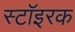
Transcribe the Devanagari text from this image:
स्टॉइरक